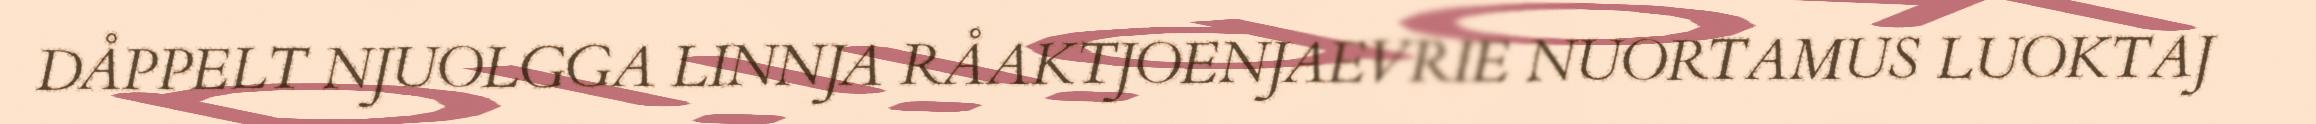
DÅPPELT NJUOLGGA LINNJA RÅAKTJOENJAEVRIE NUORTAMUS LUOKTAJ